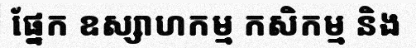
ផ្នែក ឧស្សាហកម្ម កសិកម្ម និង